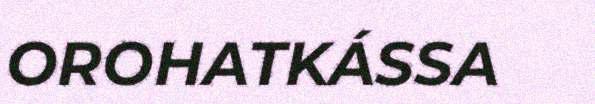
OROHATKÁSSA